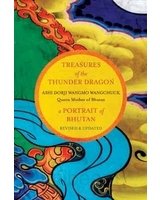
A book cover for Treasures of The Thunder Dragon: A Portrait of Bhutan; Ashi Dorji Wangmo Wangchuck; Travel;